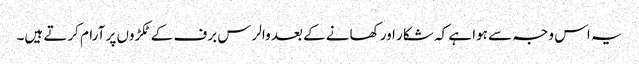
یہ اس وجہ سے ہوا ہے کہ شکار اور کھانے کے بعد والرس برف کے ٹکڑوں پر آرام کرتے ہیں۔